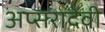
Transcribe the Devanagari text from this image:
अप्सरादेवी